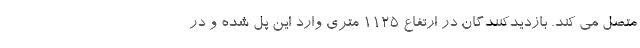
متصل می کند. بازدیدکنندگان در ارتفاع 1125 متری وارد این پل شده و در